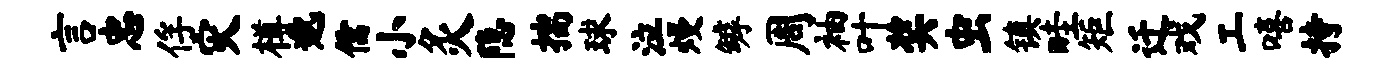
言忠俘灾樽邈儒小灸隐揣球泣熳罅周袖叶奖虫镇畦矩迁戏工嘻持